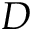
D